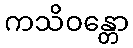
ကသိဝန္တော